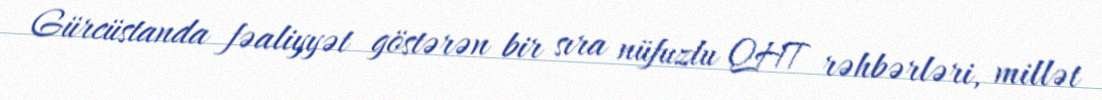
Gürcüstanda fəaliyyət göstərən bir sıra nüfuzlu QHT rəhbərləri, millət